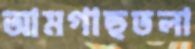
আমগাছতলা